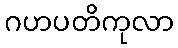
ဂဟပတိကုလာ